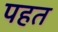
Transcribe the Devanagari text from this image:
पहत